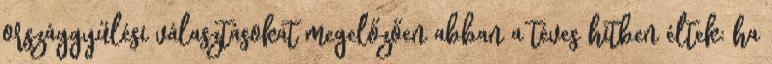
országgyűlési választásokat megelőzően abban a téves hitben éltek: ha